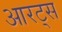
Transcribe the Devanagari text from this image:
आरट्स